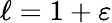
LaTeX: \ell=1+\varepsilon